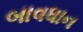
બાવધાન